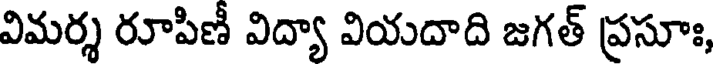
విమర్శ రూపిణీ విద్యా వియదాది జగత్ ప్రసూః,